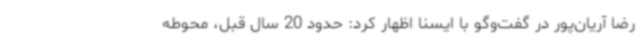
رضا آریان‌پور در گفت‌وگو با ایسنا اظهار کرد: حدود 20 سال قبل، محوطه